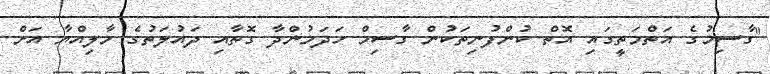
"ގާސިމުގެ އަތްމަތީގައި އޮތް ކުންފުނިތަކުން ގާސިމް ހަދަމުންދާ ގޮތާއި ދައުލަތުގެ މާލިއްޔާ އަށް